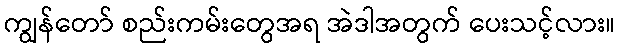
ကျွန်တော် စည်းကမ်းတွေအရ အဲဒါအတွက် ပေးသင့်လား။